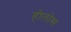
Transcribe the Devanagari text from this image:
होलोस